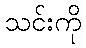
သင်းကို